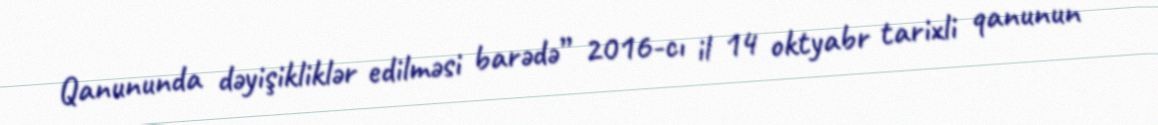
Qanununda dəyişikliklər edilməsi barədə” 2016-cı il 14 oktyabr tarixli qanunun